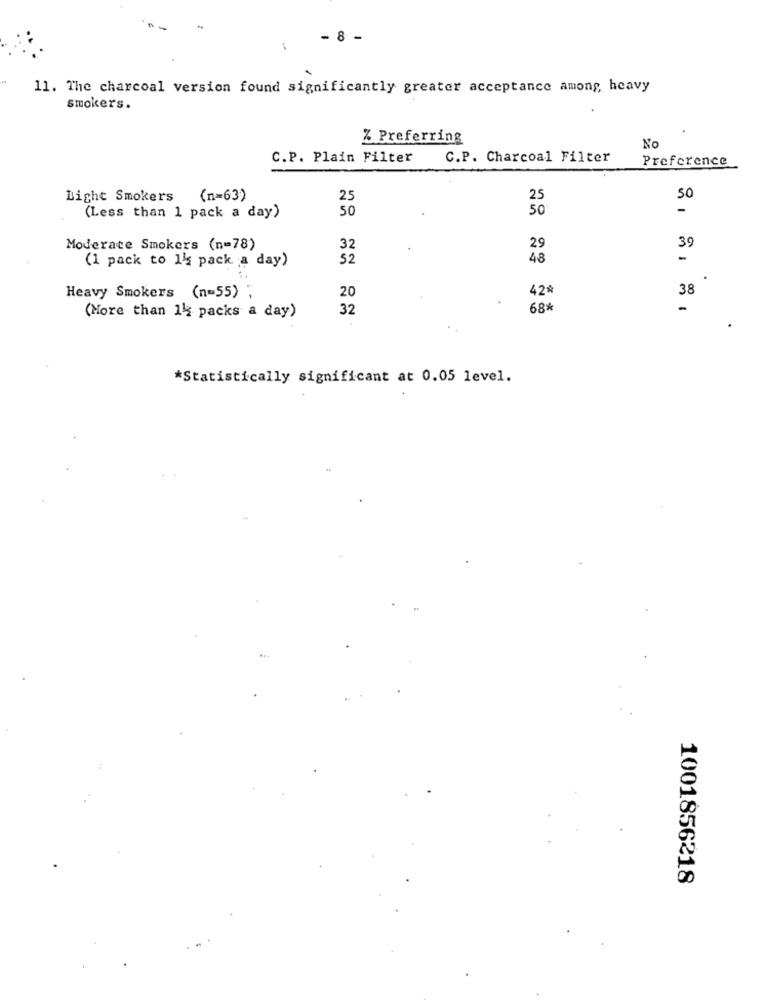
- 8 -
11. The charcoal version found significantly greater acceptance among heavy
smokers.
% Preferring
No
C.P. Plain Filter
C.P. Charcoal Filter
Preference
Light Smokers (n=63)
25
50
50
(Less than 1 pack a day)
Moderate Smokers (n=78)
32
29
39
(1 pack to 1is pack ;a day)
52
48
42*
38
Heavy Smokers (n=55)
20
32
68*
-
(More than 14 packs a day)
*Statistically significant at 0.05 level.
1001856218